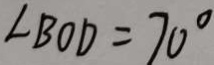
\angle B O D = 7 0 ^ { \circ }